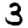
Digit: 3